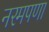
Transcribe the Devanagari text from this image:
नरमपणा